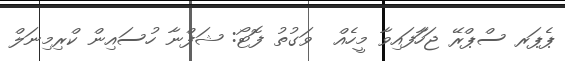
ޕެޕަރ ސްޕްރޭ ޖަހާަފައިވާ މީހެއް  ވަގުތު ފޮޓޯ: ޝަފްނާ ހުސައިން ކްރިމިނަލް